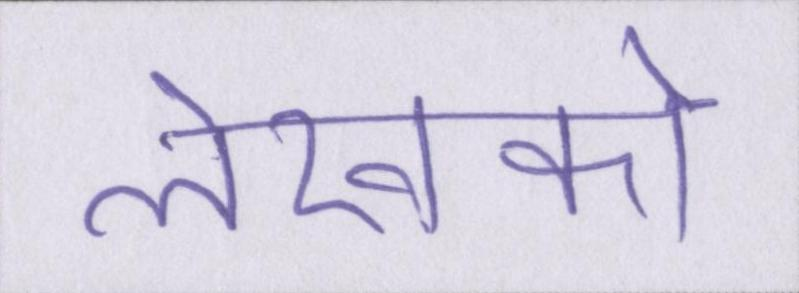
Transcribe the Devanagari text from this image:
लेखकों